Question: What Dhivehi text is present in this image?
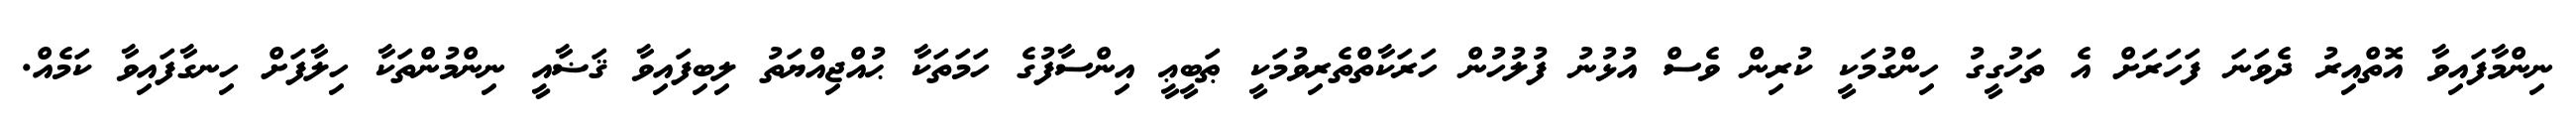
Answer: ނިންމާފައިވާ އޮތްއިރު ދެވަނަ ފަހަރަށް އެ ތަހުގީގު ހިންގުމަކީ ކުރިން ވެސް އުޅުނު ފުލުހުން ހަރަކާތްތެރިވުމަކީ ޠަބީޢީ އިންސާފުގެ ހަމަތަކާ ޙުއްޖިއްޔަތު ލިބިފައިވާ ޤަޟާއީ ނިންމުންތަކާ ހިލާފަށް ހިނގާފައިވާ ކަމެއް.